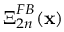
\boldsymbol { \Xi } _ { 2 n } ^ { F B } ( { \bf x } )